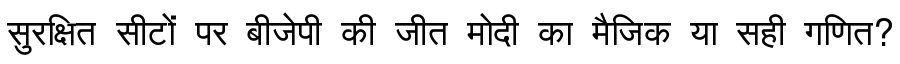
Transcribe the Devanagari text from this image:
सुरक्षित सीटों पर बीजेपी की जीत मोदी का मैजिक या सही गणित?